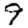
Digit: 9